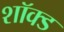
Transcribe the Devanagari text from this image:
शॉक्ड